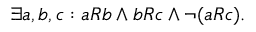
\exists a , b , c : a R b \land b R c \land \lnot ( a R c ) .